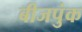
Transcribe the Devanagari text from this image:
बीजपुंक